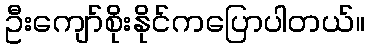
ဦးကျော်စိုးနိုင်ကပြောပါတယ်။